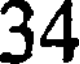
34